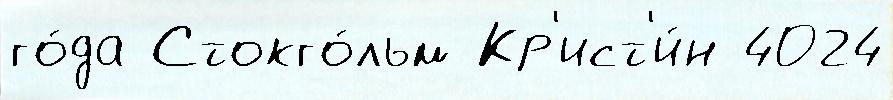
го́да Стокго́льм Кр'ист'и́н 4024